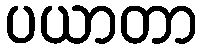
ပယာတာ